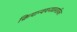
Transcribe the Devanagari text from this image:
क्रियान्वयनप्रस्तावित